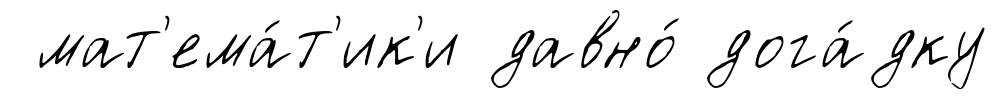
мат'ема́т'ик'и давно́ дога́дку